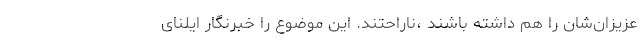
عزیزان‌شان را هم داشته باشند ،ناراحتند. این موضوع را خبرنگار ایلنای